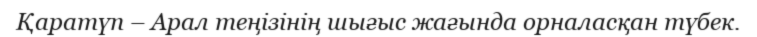
Қаратүп – Арал теңізінің шығыс жағында орналасқан түбек.